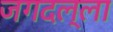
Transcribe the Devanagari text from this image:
जगदल्ला